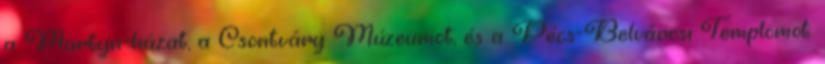
a Martyn-házat, a Csontváry Múzeumot, és a Pécs-Belvárosi Templomot.